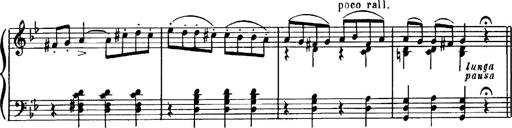
Title: Magyar dalok
Composer: Franz Liszt